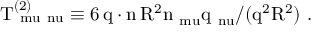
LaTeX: \mathrm { T _ { \ m u \ n u } ^ { ( 2 ) } \equiv 6 \, q \cdot n \, R ^ { 2 } n _ { \ m u } q _ { \ n u } / ( \vec { q } ^ { 2 } \vec { R } ^ { 2 } ) ~ . }